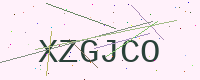
Text: XZGJCO